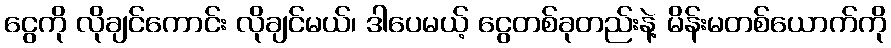
ငွေကို လိုချင်ကောင်း လိုချင်မယ်၊ ဒါပေမယ့် ငွေတစ်ခုတည်းနဲ့ မိန်းမတစ်ယောက်ကို